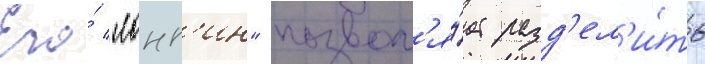
Его́ "лонг'ин" позвол'я́ет разд'ел'и́ть